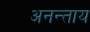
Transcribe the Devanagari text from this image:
अनन्ताय